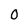
Character: 0